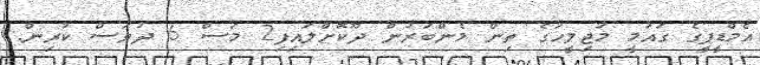
އެމްޑީޕީގެ ގައުމީ މަޖިލީހުގެ ތިން މެންބަރުން ދޫކޮށްލައިފި2 މަސް 6 ދުވަސް ކުރިން.